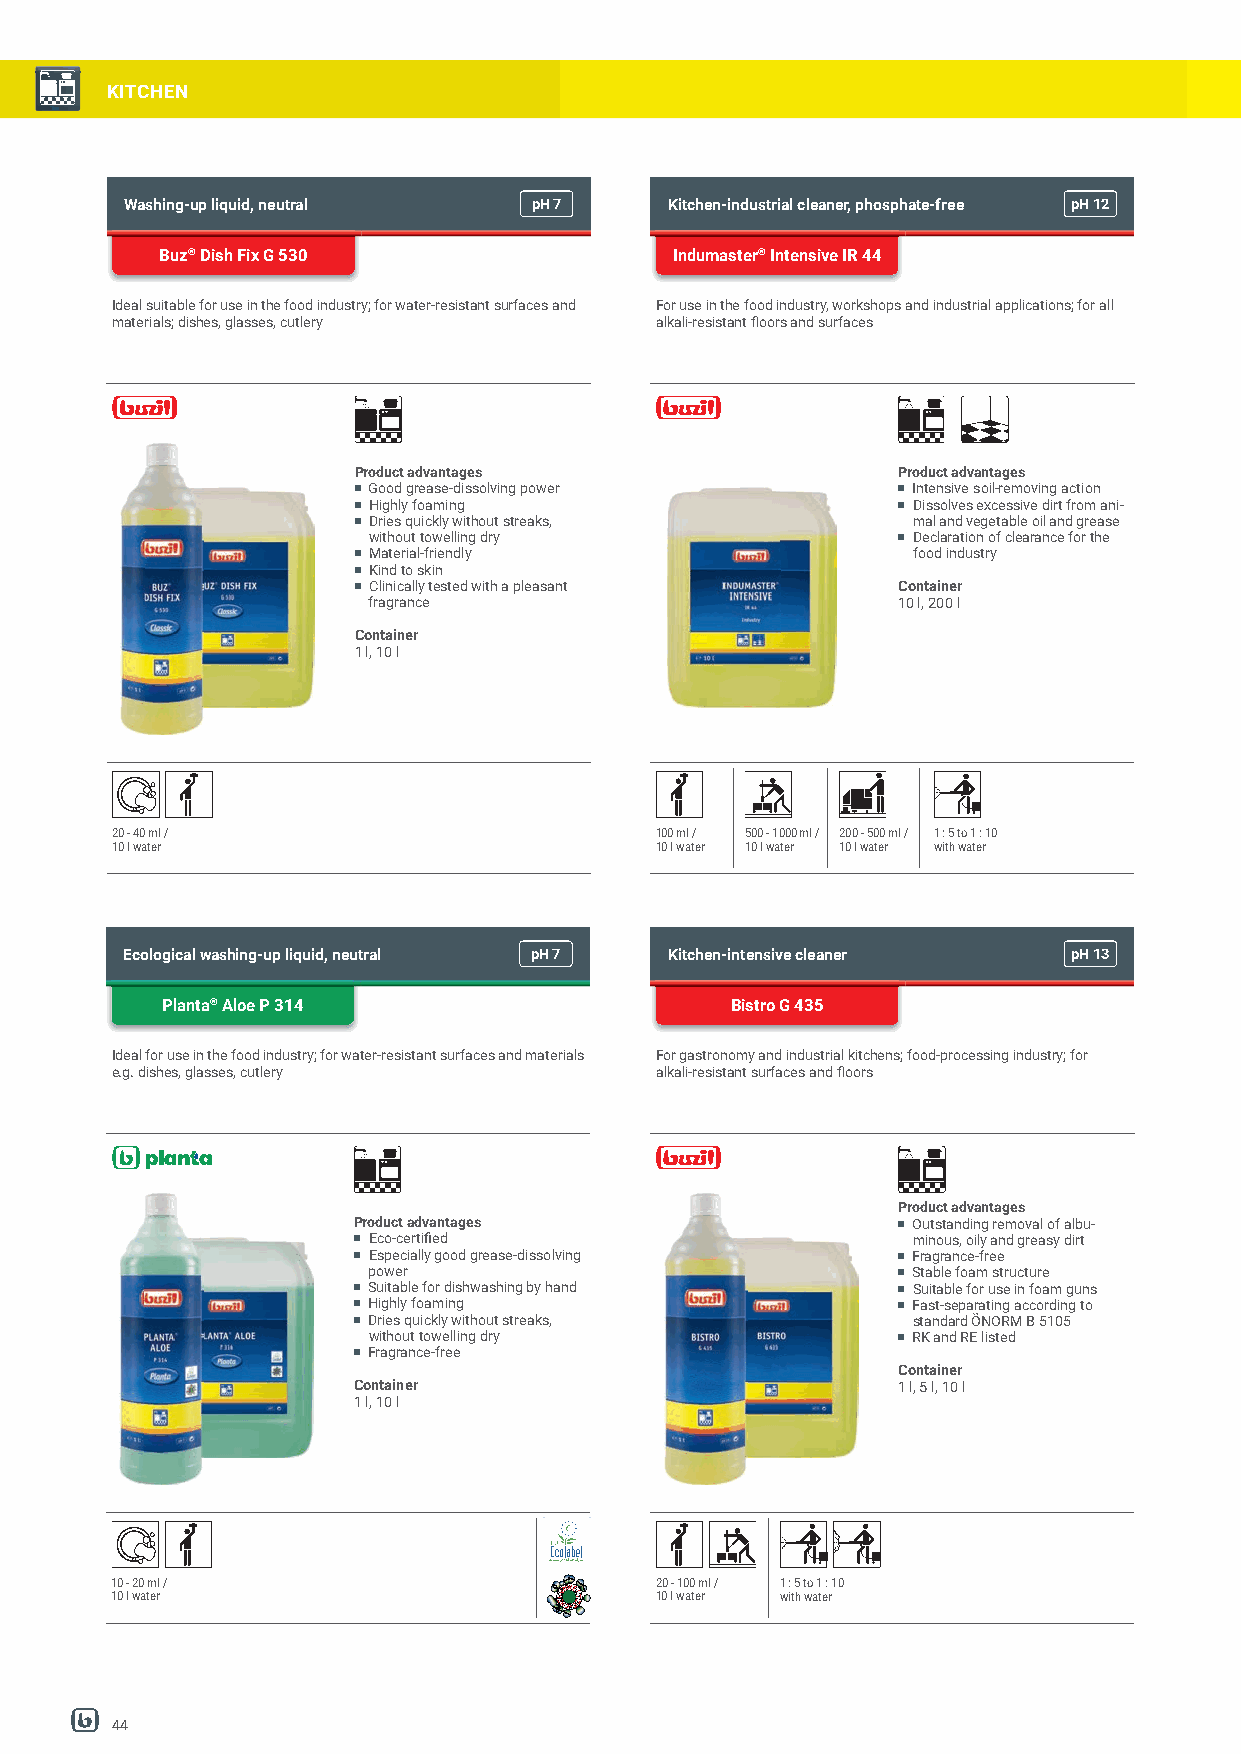
KITCHEN
 Washing-up liquid, neutral pH7      Kitchen-industrial cleaner, phosphate-free pH12
 Buz® Dish Fix G 530               Indumaster® Intensive IR 44
 Ideal suitable for use in the food industry; for water-resistant surfaces and For use in the food industry, workshops and industrial applications; for all
 materials; dishes, glasses, cutlery alkali-resistant fl oors and surfaces
 Product advantages                  Product advantages
 Good grease-dissolving power        Intensive soil-removing action
 Highly foaming                      Dissolves excessive dirt from ani-
 Dries quickly without streaks,      mal and vegetable oil and grease
 without towelling dry               Declaration of clearance for the
 Material-friendly                   food industry
 Kind to skin
 Clinically tested with a pleasant  Container
 fragrance                          10 l, 200 l
 Container
 1 l, 10 l
 20 - 40 ml /                        100 ml / 500 - 1000 ml / 200 - 500 ml / 1 : 5 to 1 : 10
 10 l water                          10 l water 10 l water 10 l water with water
 Ecological washing-up liquid, neutral pH7 Kitchen-intensive cleaner pH13
 Planta® Aloe P 314                   Bistro G 435
 Ideal for use in the food industry; for water-resistant surfaces and materials For gastronomy and industrial kitchens; food-processing industry; for
 e.g. dishes, glasses, cutlery       alkali-resistant surfaces and fl oors
 Product advantages
 Product advantages                   Outstanding removal of albu-
 Eco-certifi ed                      minous, oily and greasy dirt
 Especially good grease-dissolving   Fragrance-free
 power                               Stable foam structure
 Suitable for dishwashing by hand    Suitable for use in foam guns
 Highly foaming                      Fast-separating according to
 Dries quickly without streaks,      standard ÖNORM B 5105
 without towelling dry               RK and RE listed
 Fragrance-free
 Container
 Container                           1 l, 5 l, 10 l
 1 l, 10 l
 10 - 20 ml /                        20 - 100 ml / 1 : 5 to 1 : 10
 10 l water                          10 l water with water
 44